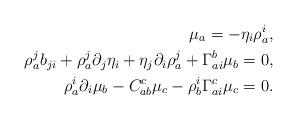
LaTeX: \begin{align*} \mu_a = - \eta_i \rho^i_a,\\\rho^j_a b_{ji} + \rho^j_a \partial_j \eta_i + \eta_j \partial_i \rho^j_a+ \Gamma^b_{ai} \mu_b = 0,\\\rho^i_a \partial_i \mu_b - C^c_{ab} \mu_c - \rho^i_b \Gamma^c_{ai} \mu_c = 0.\end{align*}